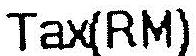
TAX(RM)